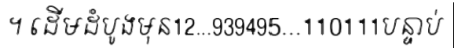
។ ដើមដំបូងមុន12...939495...110111បន្ទាប់